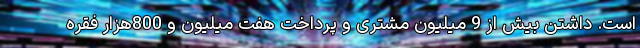
است. داشتن بیش از 9 میلیون مشتری و پرداخت هفت میلیون و 800هزار فقره